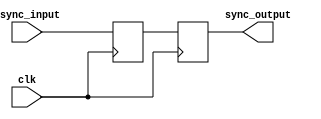
module TwoFlopSynchronizer (
    input wire async_input,
    input wire clk,
    output reg sync_output
);

reg flop1;
reg flop2;

always @(posedge clk) begin
    flop1 <= async_input;
    flop2 <= flop1;
end

assign sync_output = flop2;

endmodule